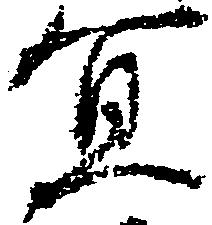
冥